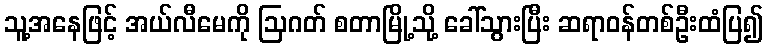
သူ့အနေဖြင့် အယ်လီမေကို ဩဂတ် စတာမြို့သို့ ခေါ်သွားပြီး ဆရာဝန်တစ်ဦးထံပြ၍